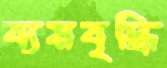
ব্যয়বৃদ্ধি